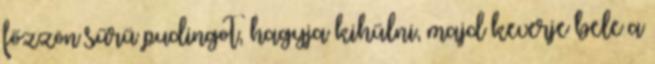
főzzön sűrű pudingot, hagyja kihűlni, majd keverje bele a